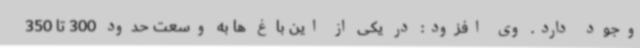
وجود دارد. وی افزود: در یکی از این باغ ها به وسعت حدود 300 تا 350